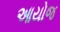
આયોજ